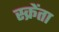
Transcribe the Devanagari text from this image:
स्क्रेंता